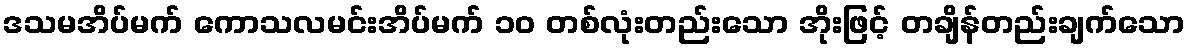
ဒသမအိပ်မက် ကောသလမင်းအိပ်မက် ၁၀ တစ်လုံးတည်းသော အိုးဖြင့် တချိန်တည်းချက်သော